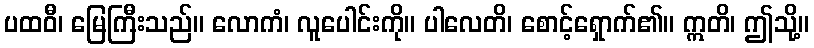
ပထဝီ၊ မြေကြီးသည်။ လောကံ၊ လူပေါင်းကို။ ပါလေတိ၊ စောင့်ရှောက်၏။ ဣတိ၊ ဤသို့။